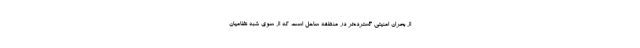
از بحران امنیتی گسترده‌تر در منطقه ساحل است که از سوی شبه نظامیان